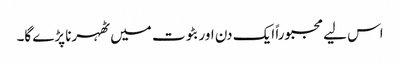
اس لیے مجبوراً ایک دن اور بٹوت میں ٹھہرنا پڑے گا۔